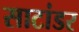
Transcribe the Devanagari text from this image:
साटांडर